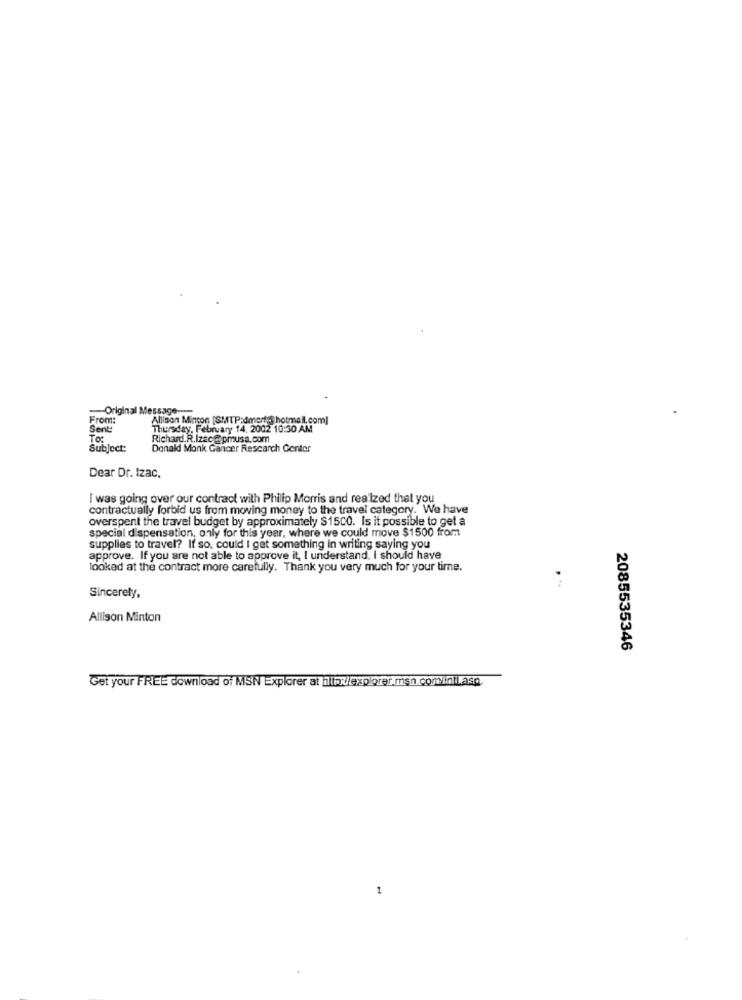
-Original Message ----
From:
Allison Mincon [SMTP:dmert@hotmail.com]
Sent
Thursday, February 14. 2002 10:30 AM
To:
Richard.R.Izec@pmusa.com
Subject:
Donald Monk Gancer Rescarch Center
Dear Dr. Izac.
I was going over our contract with Philip Morris and realized that you
contractually forbid us from moving money to the travel category. We have
overspent the travel budget by approximately $15CO. Is it possible to get a
special dispensation, only for this year, where we could move $1500 from
supplies to travel? If so. could I get something in writing saying you
approve. If you are not able to approve it, I understand. I should have
looked at the contract more carefully. Thank you very much for your time.
Sincerely,
Allison Minton
2085535346
Get your FREE download of MSN Explorer at ilipxlexplorer.msn.cominilasp.
1